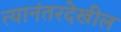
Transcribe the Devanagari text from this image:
त्यानंतरदेखील